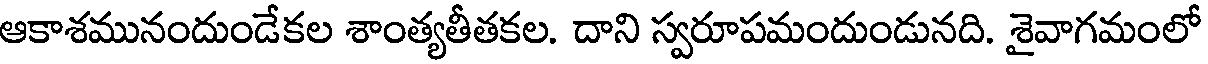
ఆకాశమునందుండేకల శాంత్యతీతకల. దాని స్వరూపమందుండునది. శైవాగమంలో